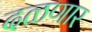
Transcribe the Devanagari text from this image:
दळणार